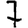
Digit: 7